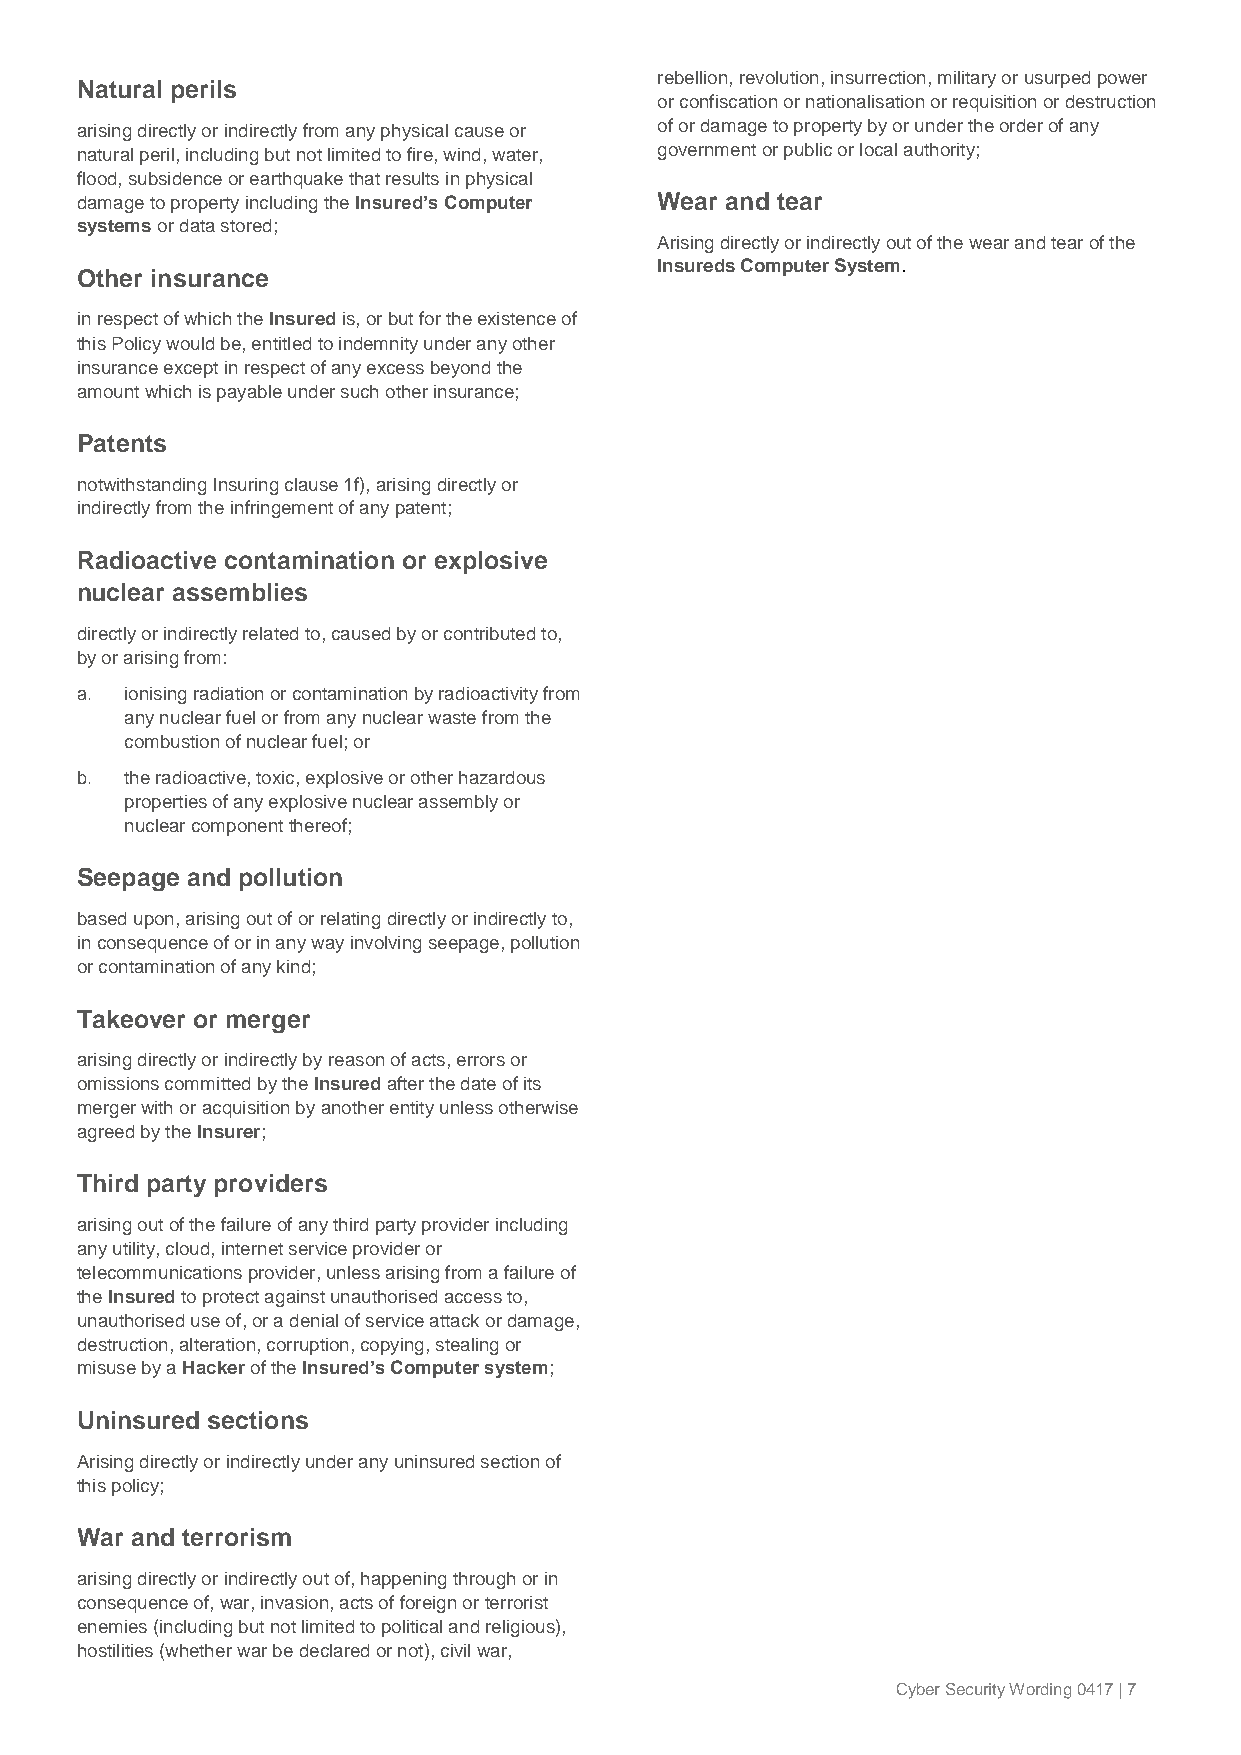
rebellion, revolution, insurrection, military or usurped power
 Natural perils
 or confiscation or nationalisation or requisition or destruction
 arising directly or indirectly from any physical cause or of or damage to property by or under the order of any
 natural peril, including but not limited to fire, wind, water, government or public or local authority;
 flood, subsidence or earthquake that results in physical
 damage to property including the Insured’s Computer Wear and tear
 systems or data stored;
 Arising directly or indirectly out of the wear and tear of the
 Insureds Computer System.
 Other insurance
 in respect of which the Insured is, or but for the existence of
 this Policy would be, entitled to indemnity under any other
 insurance except in respect of any excess beyond the
 amount which is payable under such other insurance;
 Patents
 notwithstanding Insuring clause 1f), arising directly or
 indirectly from the infringement of any patent;
 Radioactive contamination or explosive
 nuclear assemblies
 directly or indirectly related to, caused by or contributed to,
 by or arising from:
 a. ionising radiation or contamination by radioactivity from
 any nuclear fuel or from any nuclear waste from the
 combustion of nuclear fuel; or
 b. the radioactive, toxic, explosive or other hazardous
 properties of any explosive nuclear assembly or
 nuclear component thereof;
 Seepage and pollution
 based upon, arising out of or relating directly or indirectly to,
 in consequence of or in any way involving seepage, pollution
 or contamination of any kind;
 Takeover or merger
 arising directly or indirectly by reason of acts, errors or
 omissions committed by the Insured after the date of its
 merger with or acquisition by another entity unless otherwise
 agreed by the Insurer;
 Third party providers
 arising out of the failure of any third party provider including
 any utility, cloud, internet service provider or
 telecommunications provider, unless arising from a failure of
 the Insured to protect against unauthorised access to,
 unauthorised use of, or a denial of service attack or damage,
 destruction, alteration, corruption, copying, stealing or
 misuse by a Hacker of the Insured’s Computer system;
 Uninsured sections
 Arising directly or indirectly under any uninsured section of
 this policy;
 War and terrorism
 arising directly or indirectly out of, happening through or in
 consequence of, war, invasion, acts of foreign or terrorist
 enemies (including but not limited to political and religious),
 hostilities (whether war be declared or not), civil war,
 Cyber Security Wording 0417 | 7